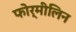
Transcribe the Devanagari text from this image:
फोर्मीलिन